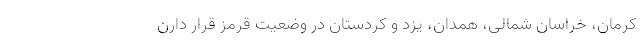
کرمان، خراسان شمالی، همدان، یزد و کردستان در وضعیت قرمز قرار دارن